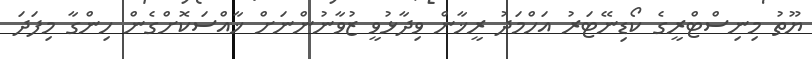
ޔޫތު މިނިސްޓްރީގެ ކޯޑިނޭޓަރު އަހްމަދު ރީޚާން ވިދާޅުވީ ޒުވާނުންނަށް ޚާއްސަކޮށްގެން ހިންގާ މިފަދަ